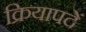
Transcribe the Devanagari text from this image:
क्रियापदें